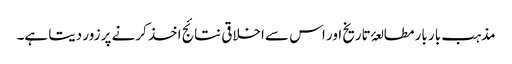
مذہب بار بار مطالعۂ تاریخ اور اس سے اخلاقی نتائج اخذ کرنے پر زور دیتا ہے۔